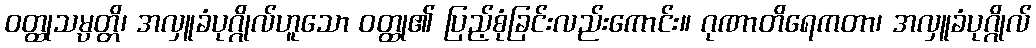
ဝတ္ထုသမ္ပတ္တိ၊ အလှူခံပုဂ္ဂိုလ်ဟူသော ဝတ္ထု၏ ပြည့်စုံခြင်းလည်းကောင်း။ ဂုဏာတိရေကတာ၊ အလှူခံပုဂ္ဂိုလ်